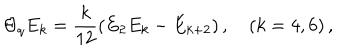
LaTeX: \Theta _ { q } E _ { k } = \frac { k } { 1 2 } ( E _ { 2 } E _ { k } - E _ { k + 2 } ) \, , \quad ( k = 4 , 6 ) \, ,